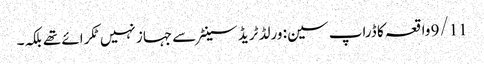
9/11 واقعہ کا ڈراپ سین: ورلڈ ٹریڈ سینٹر سے جہاز نہیں ٹکرائے تھے بلکہ۔